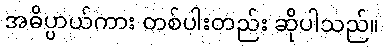
အဓိပ္ပာယ်ကား တစ်ပါးတည်း ဆိုပါသည်။